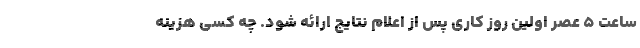
ساعت 5 عصر اولین روز کاری پس از اعلام نتایج ارائه شود. چه کسی هزینه